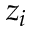
z _ { i }